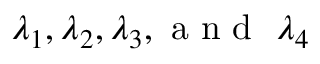
\lambda _ { 1 } , \lambda _ { 2 } , \lambda _ { 3 } , \textnormal { a n d } ~ \lambda _ { 4 }